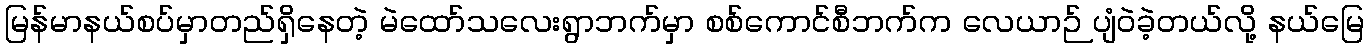
မြန်မာနယ်စပ်မှာတည်ရှိနေတဲ့ မဲထော်သလေးရွာဘက်မှာ စစ်ကောင်စီဘက်က လေယာဉ် ပျံဝဲခဲ့တယ်လို့ နယ်မြေ